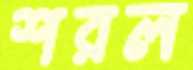
শরল